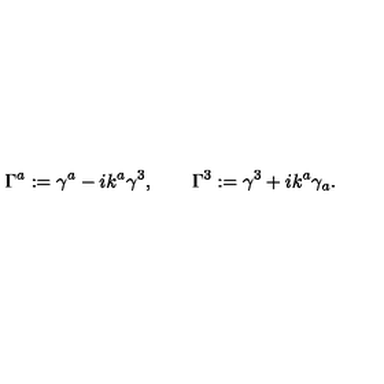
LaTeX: \Gamma ^ { a } : = \gamma ^ { a } - i k ^ { a } \gamma ^ { 3 } , \qquad \Gamma ^ { 3 } : = \gamma ^ { 3 } + i k ^ { a } \gamma _ { a } .